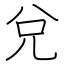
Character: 兌